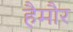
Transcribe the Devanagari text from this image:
हैमौर